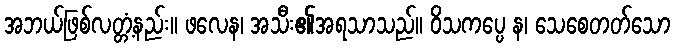
အဘယ်ဖြစ်လတ္တံ့နည်း။ ဖလေန၊ အသီး၏အရသာသည်။ ဝိသကပ္ပေ န၊ သေစေတတ်သော